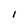
Character: I